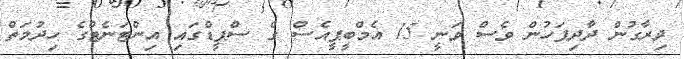
ދިރާގުން ދާދިފަހުން ވެސް ވަނީ 15 އެމްބީޕީއެސް ގެ ސްޕީޑްގައި އިންޓަނެޓްގެ ހިދުމަތް